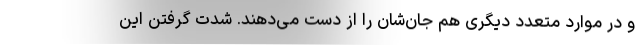
و در موارد متعدد دیگری هم جان‌شان را از دست می‌دهند. شدت گرفتن این